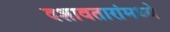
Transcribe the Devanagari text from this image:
दशावतारांमध्ये